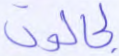
لجالوت